Indian journal of veterinary science and animal husbandry - Volume 14,
Year: 1944
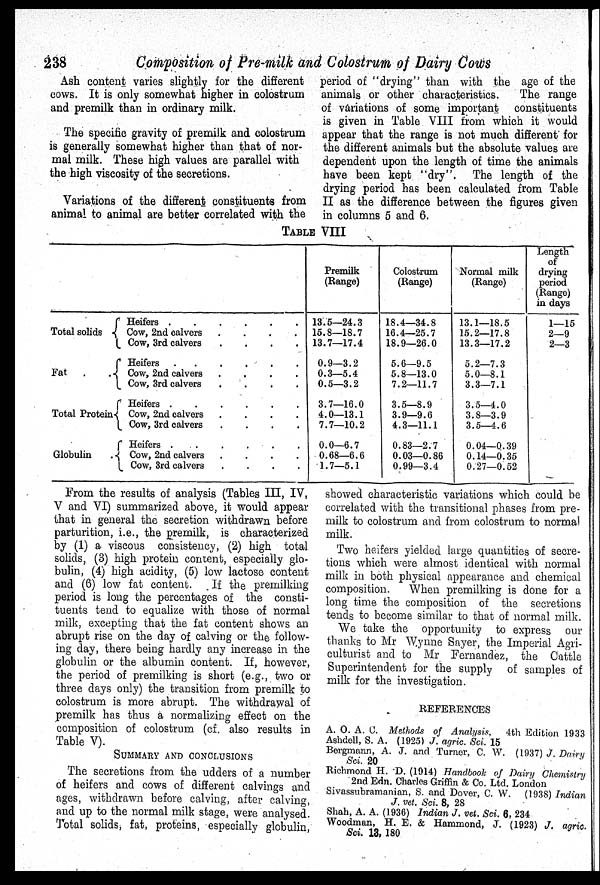
238
Composition of Pre-milk and Colostrum of Dairy Cows
Ash content varies slightly for the different
cows. It is only somewhat higher in colostrum
and premilk than in ordinary milk.
The specific gravity of premilk and colostrum
is generally somewhat higher than that of nor-
mal milk. These high values are parallel with
the high viscosity of the secretions.
Variations of the different constituents from
animal to animal are better correlated with the
period of "drying" than with the age of the
animals or other characteristics.
The range
of variations of some important
constituents
is given in Table VIII from which it would
appear that the range is not much different for
the different animals but the absolute values are
dependent upon the length of time the animals
have been kept "dry".
The length of the
drying period has been calculated from Table
II as the difference between the figures given
in columns 5 and 6.
TABLE VIII
Total solids
Fat . .
Total Protein
Globulin .
Heifers
.
.
.
.
.
.
Cow, 2nd calvers . . . .
Cow, 3rd calvers
.
.
.
.
Heifers
.
.
.
.
.
.
Cow, 2nd calvers
.
.
.
.
Cow, 3rd calvers
.
.
.
.
Heifers
.
.
.
.
.
.
Cow, 2nd calvers
.
.
.
.
Cow, 3rd calvers
.
.
.
.
Heifers
.
.
.
.
.
.
Cow, 2nd calvers
.
.
.
.
Cow, 3rd calvers . . . .
Premilk
(Range)
13.5—24.3
15.8—18.7
13.7—17.4
0.9—3.2
0.3—5.4
0.5—3.2
3.7—16.0
4.0—13.1
7.7—10.2
0.0—6.7
0.68—6.6
1.7—5.1
Colostrum
(Range)
18.4—34.8
16.4—25.7
18.9—26.0
5.6—9.5
5.8—13.0
7.2—11.7
3.5—8.9
3.9—9.6
4.3—11.1
0.83—2.7
0.03—0.86
0.99—3.4
Normal milk
(Range)
13.1—18.5
15.2—17.8
13.3—17.2
5.2—7.3
5.0—8.1
3.3—7.1
3.5—4.0
3.8—3.9
3.5—4.6
0.04—0.39
0.14—0.35
0.27—0.52
Length
of
drying
period
(Range)
in days
1—15
2—9
2—3
From the results of analysis (Tables III, IV,
V and VI) summarized above, it would appear
that in general the secretion withdrawn before
parturition, i.e., the premilk, is characterized
by (1) a viscous consistency, (2) high total
solids, (3) high protein content, especially glo-
bulin, (4) high acidity, (5) low lactose content
and (6) low fat content.
If the premilking
period is long the percentages of the consti-
tuents tend to equalize with those of normal
milk, excepting that the fat content shows an
abrupt rise on the day of calving or the follow-
ing day, there being hardly any increase in the
globulin or the albumin content. If, however,
the period of premilking is short (e.g., two or
three days only) the transition from premilk to
colostrum is more abrupt. The withdrawal of
premilk has thus a normalizing effect on the
composition of colostrum (cf. also results in
Table V).
SUMMARY AND CONCLUSIONS
The secretions from the udders of a number
of heifers and cows of different calvings and
ages, withdrawn before calving, after calving,
and up to the normal milk stage, were analysed.
Total solids, fat, proteins, especially globulin,
showed characteristic variations which could be
correlated with the transitional phases from pre-
milk to colostrum and from colostrum to normal
milk.
Two heifers yielded large quantities of secre-
tions which were almost identical with normal
milk in both physical appearance and chemical
composition.
When premilking is done for a
long time the composition of the secretions
tends to become similar to that of normal milk.
We take the opportunity to express our
thanks to Mr Wynne Sayer, the Imperial Agri-
culturist and to Mr Fernandez, the Cattle
Superintendent for the supply of samples of
milk for the investigation.
REFERENCES
A. O. A. C. Methods of Analysis,
4th Edition 1933
Ashdell, S. A. (1925) J. agric. Sci. 15
Bergmann, A. J. and Turner, C. W. (1937) J. Dairy
Sci. 20
Richmond H. D. (1914) Handbook of Dairy Chemistry
2nd Edn. Charles Griffin & Co. Ltd. London
Sivassubramanian, S. and Dover, C. W. (1938) Indian
J. vet. Sci. 8, 28
Shah, A. A. (1936) Indian J. vet. Sci. 6, 234
Woodman, H. E. & Hammond, J. (1923) J. agric
Sci. 13, 180